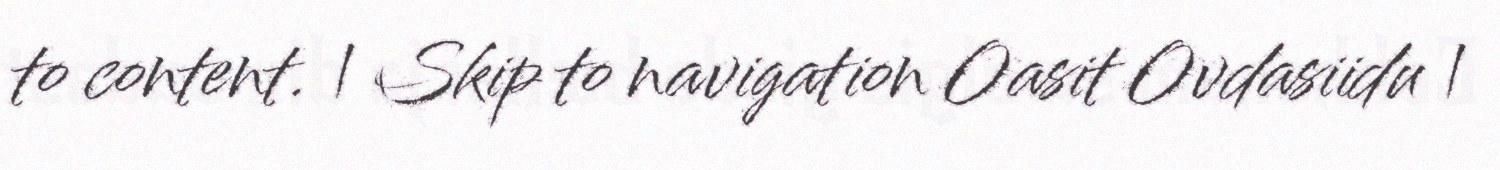
to content. | Skip to navigation Oasit Ovdasiidu |